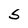
Character: S